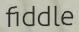
fiddle